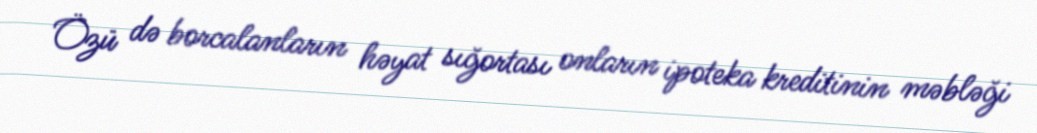
Özü də borcalanların həyat sığortası onların ipoteka kreditinin məbləği